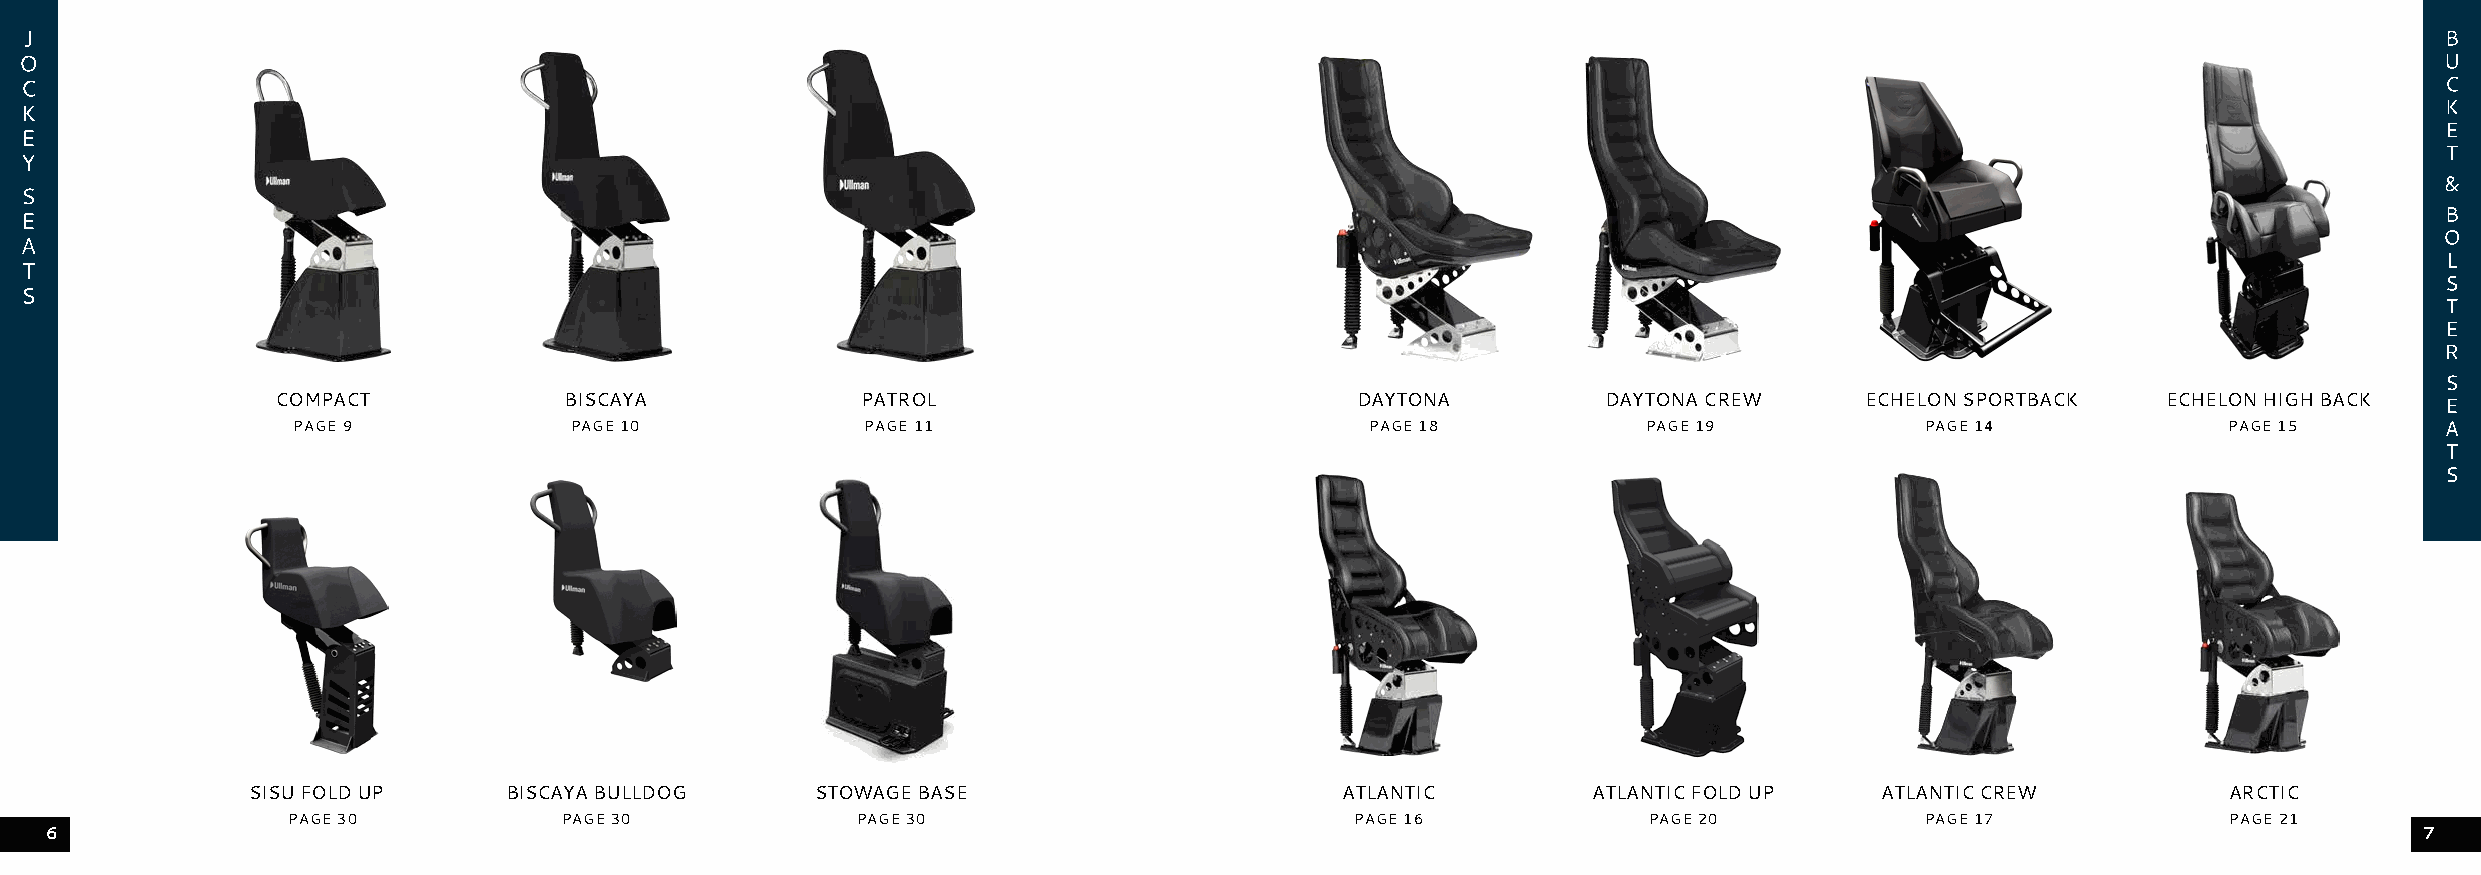
COMPACT            BISCAYA             PATROL                           DAYTONA         DAYTONA CREW     ECHELON SPORTBACK   ECHELON HIGH BACK
 PAGE 9             PAGE 10            PAGE 11                           PAGE 18           PAGE 19           PAGE 14             PAGE 15
 SISU FOLD UP     BISCAYA BULLDOG      STOWAGE BASE                       ATLANTIC        ATLANTIC FOLD UP   ATLANTIC CREW           ARCTIC
 PAGE 30           PAGE 30             PAGE 30                          PAGE 16            PAGE 20           PAGE 17              PAGE 21
 6                                                                                                                                                            7